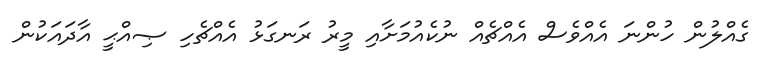
ގެއްލުން ހުންނަ އެއްވެސް އެއްޗެއް ނުކެއުމަށާއި މީރު ރަނގަޅު އެއްޗެހި ޞިއްޙީ އާދައަކުން